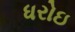
ધરોઇ